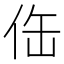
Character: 𱎬